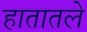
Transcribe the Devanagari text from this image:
हातातले